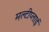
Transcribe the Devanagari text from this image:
मल्टीप्लाई